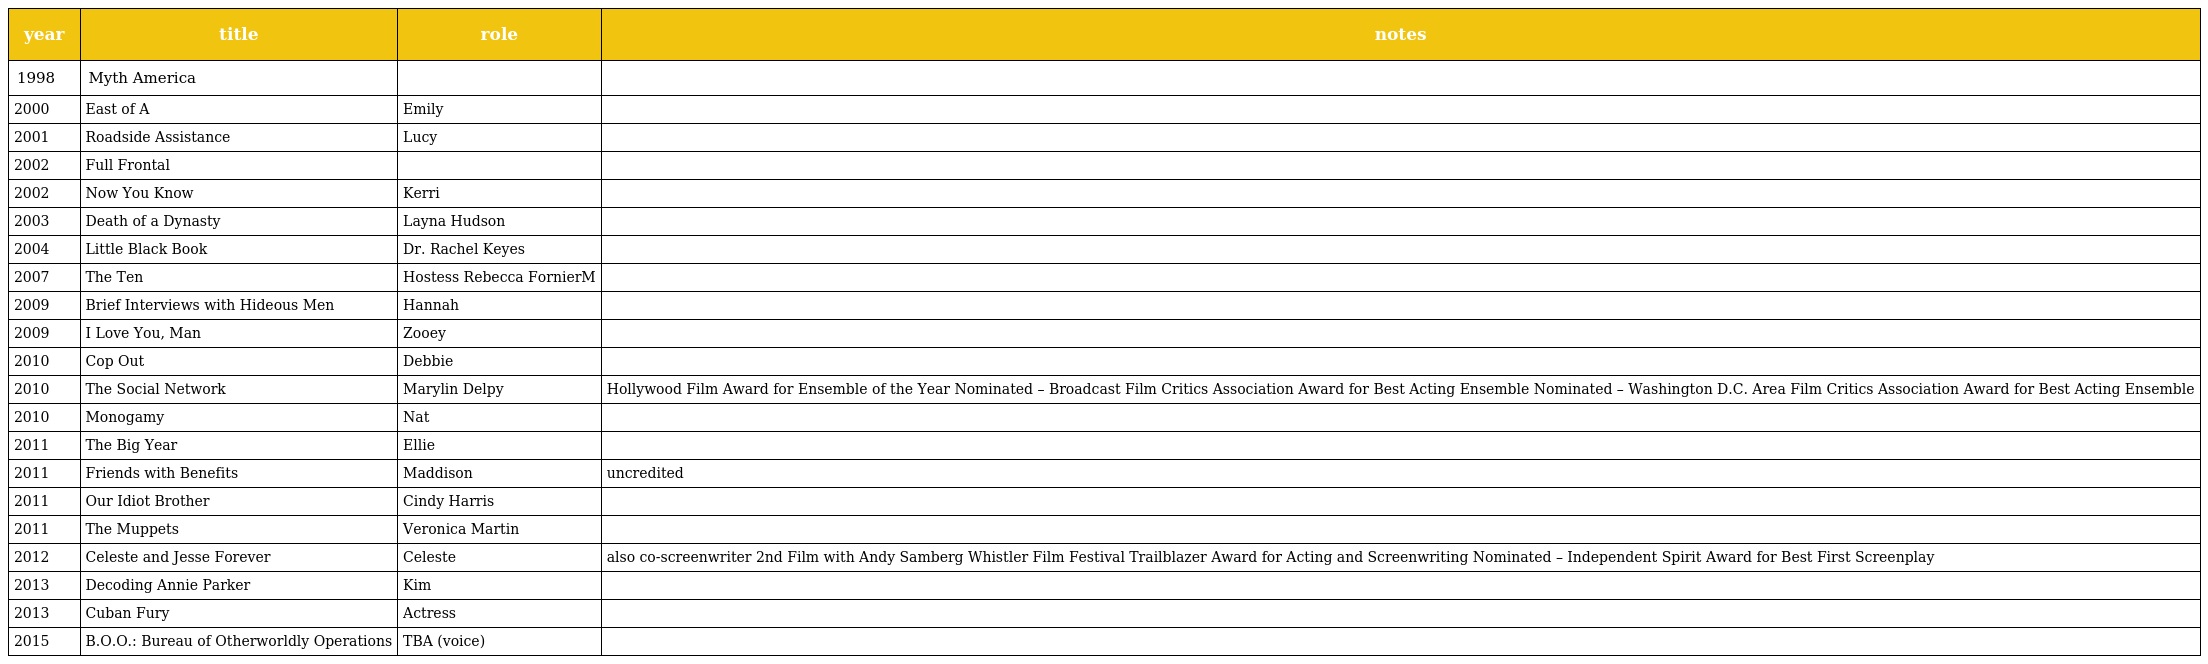
| year | title | role | notes |
 | --- | --- | --- | --- |
 | 1998 | Myth America |  |  |
 | 2000 | East of A | Emily |  |
 | 2001 | Roadside Assistance | Lucy |  |
 | 2002 | Full Frontal |  |  |
 | 2002 | Now You Know | Kerri |  |
 | 2003 | Death of a Dynasty | Layna Hudson |  |
 | 2004 | Little Black Book | Dr. Rachel Keyes |  |
 | 2007 | The Ten | Hostess Rebecca FornierM |  |
 | 2009 | Brief Interviews with Hideous Men | Hannah |  |
 | 2009 | I Love You, Man | Zooey |  |
 | 2010 | Cop Out | Debbie |  |
 | 2010 | The Social Network | Marylin Delpy | Hollywood Film Award for Ensemble of the Year Nominated – Broadcast Film Critics Association Award for Best Acting Ensemble Nominated – Washington D.C. Area Film Critics Association Award for Best Acting Ensemble |
 | 2010 | Monogamy | Nat |  |
 | 2011 | The Big Year | Ellie |  |
 | 2011 | Friends with Benefits | Maddison | uncredited |
 | 2011 | Our Idiot Brother | Cindy Harris |  |
 | 2011 | The Muppets | Veronica Martin |  |
 | 2012 | Celeste and Jesse Forever | Celeste | also co-screenwriter 2nd Film with Andy Samberg Whistler Film Festival Trailblazer Award for Acting and Screenwriting Nominated – Independent Spirit Award for Best First Screenplay |
 | 2013 | Decoding Annie Parker | Kim |  |
 | 2013 | Cuban Fury | Actress |  |
 | 2015 | B.O.O.: Bureau of Otherworldly Operations | TBA (voice) |  |